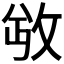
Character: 𫾮